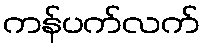
ကန်ပက်လက်